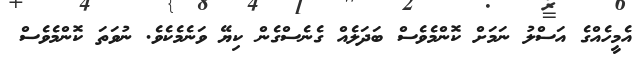
އެމީހެއްގެ އަސްލު ނަމަށް ކޮންމެވެސް ބަދަލެއް ގެނެސްގެން ކިޔޭ ވަނެމެކެވެ. ނުވަތަ ކޮންމެވެސް